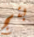
بنج